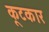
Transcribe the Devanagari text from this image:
कूटकार